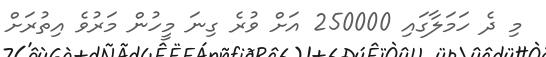
މި ދެ ހަމަލާގައި 250000 އަށް ވުރެ ގިނަ މީހުން މަރުވެ އިތުރަށް